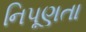
નિપૂણતા